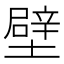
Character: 壁